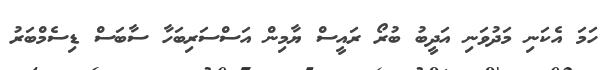
ހަމަ އެކަނި މަދުވަނި އަދީބު ބުރޯ ރައީސް ޔާމިން އަސްސަރިބަހާ ސާބަސް ޑިސެމްބަރު